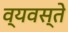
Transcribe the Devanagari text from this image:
व्यवस्ते